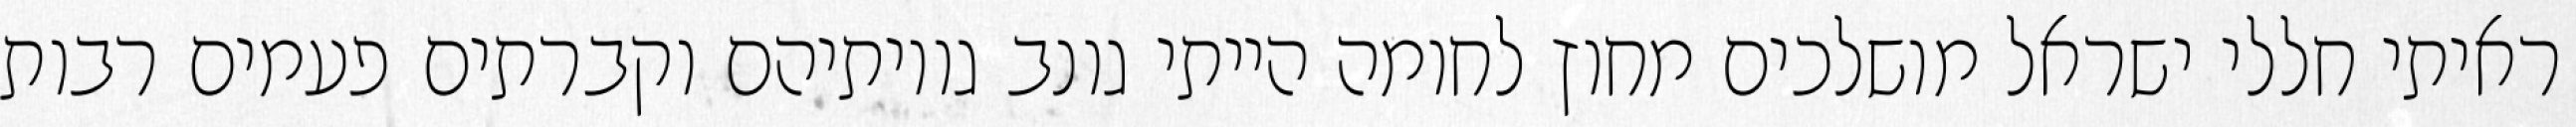
ראיתי חללי ישראל מושלכים מחוץ לחומה הייתי גונב גויותיהם וקברתים פעמים רבות